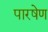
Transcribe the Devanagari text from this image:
पारषेण